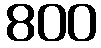
800